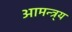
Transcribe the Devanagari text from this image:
आमन्त्र्य